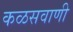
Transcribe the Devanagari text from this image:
कळसवाणी